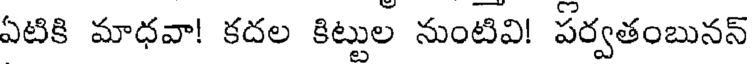
ఏటికి మాధవా! కదల కిట్టుల నుంటివి! పర్వతంబునన్